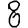
Digit: 8